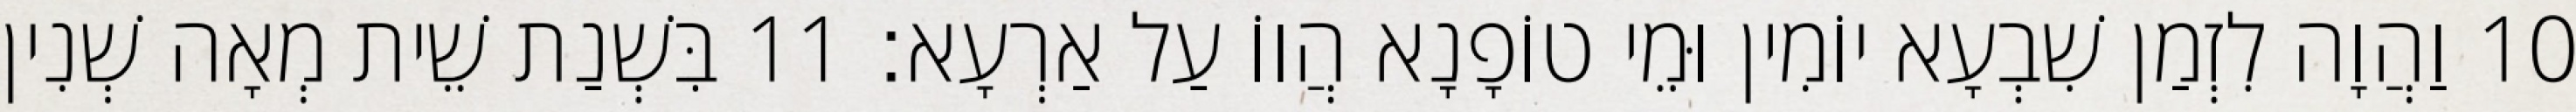
10 וַהֲוָה לִזְמַן שִׁבְעָא יוֹמִין וּמֵי טוֹפָנָא הֲווֹ עַל אַרְעָא׃ 11 בִּשְׁנַת שֵׁית מְאָה שְׁנִין